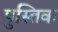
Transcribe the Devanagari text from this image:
पुस्तिक